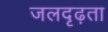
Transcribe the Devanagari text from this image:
जलदृढ़ता